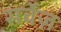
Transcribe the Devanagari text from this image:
सर्वेज़